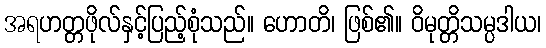
အရဟတ္တဖိုလ်နှင့်ပြည့်စုံသည်။ ဟောတိ၊ ဖြစ်၏။ ဝိမုတ္တိသမ္ပဒါယ၊